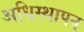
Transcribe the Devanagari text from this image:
अधिस्थापन